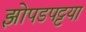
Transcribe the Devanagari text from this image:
झोपडपट्टया